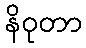
နိဝုတာ